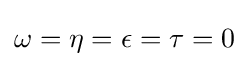
\omega =\eta =\epsilon =\tau =0